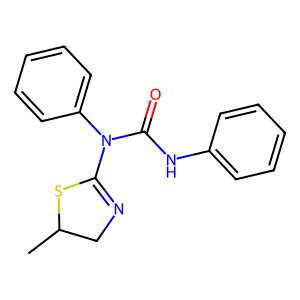
SMILES: CC1CN=C(N(C(=O)Nc2ccccc2)c2ccccc2)S1
Inhibits HIV replication: No